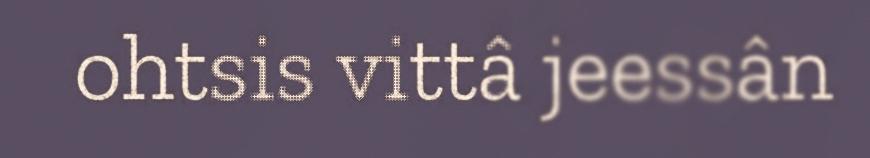
ohtsis vittâ jeessân